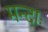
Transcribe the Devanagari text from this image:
मन्दाः